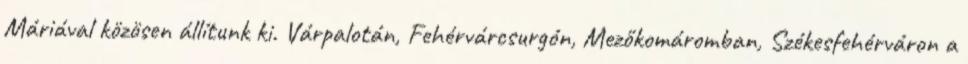
Máriával közösen állítunk ki. Várpalotán, Fehérvárcsurgón, Mezőkomáromban, Székesfehérváron a